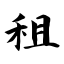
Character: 租